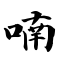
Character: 喃